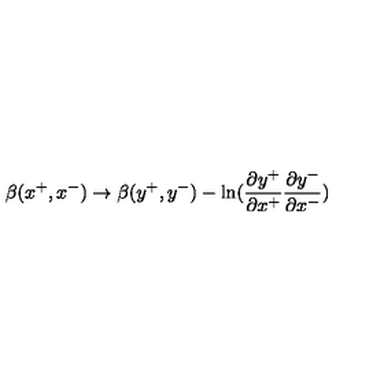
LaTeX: \beta ( x ^ { + } , x ^ { - } ) \rightarrow \beta ( y ^ { + } , y ^ { - } ) - \ln ( { \frac { \partial y ^ { + } } { \partial x ^ { + } } } { \frac { \partial y ^ { - } } { \partial x ^ { - } } } )